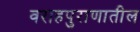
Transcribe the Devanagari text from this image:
वराहपुराणातील